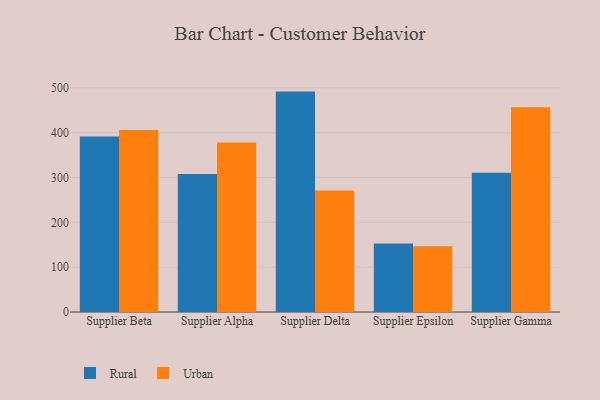
{"axis": {"x": "Supplier", "y": "Net Income (USD K)"}, "legend": ["Rural", "Urban"], "data": [{"x": "Supplier Beta", "y": 391.4, "type": "Rural"}, {"x": "Supplier Beta", "y": 406.0, "type": "Urban"}, {"x": "Supplier Alpha", "y": 308.1, "type": "Rural"}, {"x": "Supplier Alpha", "y": 378.1, "type": "Urban"}, {"x": "Supplier Delta", "y": 491.7, "type": "Rural"}, {"x": "Supplier Delta", "y": 271.1, "type": "Urban"}, {"x": "Supplier Epsilon", "y": 152.8, "type": "Rural"}, {"x": "Supplier Epsilon", "y": 146.6, "type": "Urban"}, {"x": "Supplier Gamma", "y": 310.5, "type": "Rural"}, {"x": "Supplier Gamma", "y": 456.6, "type": "Urban"}]}